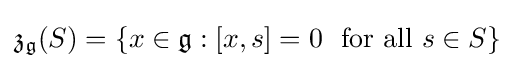
{\mathfrak {z}}_{\mathfrak {g}}(S)=\{x\in {\mathfrak {g}}:[x,s]=0\ {\text{ for all }}s\in S\}